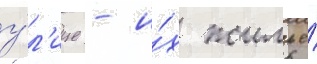
у́л'ице - и́х жилье́